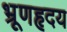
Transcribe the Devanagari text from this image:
भ्रूणहृदय